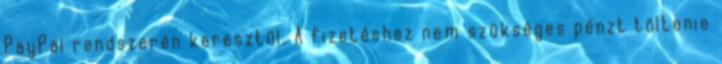
PayPal rendszerén keresztül. A fizetéshez nem szükséges pénzt töltenie